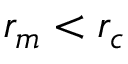
r _ { m } < r _ { c }